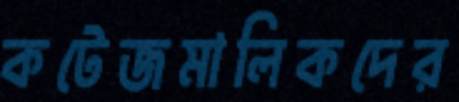
কটেজমালিকদের